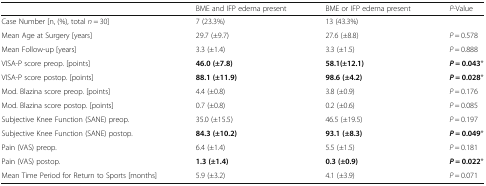
<table><thead><tr><td></td><td><b>BME and IFP edema present</b></td><td><b>BME or IFP edema present</b></td><td><b><i>P</i>-Value</b></td></tr></thead><tbody><tr><td>Case Number [n, (%), total <i>n</i> = 30]</td><td>7 (23.3%)</td><td>13 (43.3%)</td><td></td></tr><tr><td>Mean Age at Surgery [years]</td><td>29.7 (±9.7)</td><td>27.6 (±8.8)</td><td><i>P</i> = 0.578</td></tr><tr><td>Mean Follow-up [years]</td><td>3.3 (±1.4)</td><td>3.3 (±1.5)</td><td><i>P</i> = 0.888</td></tr><tr><td>VISA-P score preop. [points]</td><td><b>46.0 (±7.8)</b></td><td><b>58.1(±12.1)</b></td><td><b><i>P</i></b> <b>= 0.043</b>*</td></tr><tr><td>VISA-P score postop. [points]</td><td><b>88.1 (±11.9)</b></td><td><b>98.6 (±4.2)</b></td><td><b><i>P</i></b> <b>= 0.028</b>*</td></tr><tr><td>Mod. Blazina score preop. [points]</td><td>4.4 (±0.8)</td><td>3.8 (±0.9)</td><td><i>P</i> = 0.176</td></tr><tr><td>Mod. Blazina score postop. [points]</td><td>0.7 (±0.8)</td><td>0.2 (±0.6)</td><td><i>P</i> = 0.085</td></tr><tr><td>Subjective Knee Function (SANE) preop.</td><td>35.0 (±15.5)</td><td>46.5 (±19.5)</td><td><i>P</i> = 0.197</td></tr><tr><td>Subjective Knee Function (SANE) postop.</td><td><b>84.3 (±10.2)</b></td><td><b>93.1 (±8.3)</b></td><td><b><i>P</i></b> <b>= 0.049</b>*</td></tr><tr><td>Pain (VAS) preop.</td><td>6.4 (±1.4)</td><td>5.5 (±1.5)</td><td><i>P</i> = 0.181</td></tr><tr><td>Pain (VAS) postop.</td><td><b>1.3 (±1.4)</b></td><td><b>0.3 (±0.9)</b></td><td><b><i>P</i></b> <b>= 0.022</b>*</td></tr><tr><td>Mean Time Period for Return to Sports [months]</td><td>5.9 (±3.2)</td><td>4.1 (±3.9)</td><td><i>P</i> = 0.071</td></tr></tbody></table>